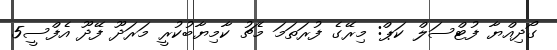
ގޯދިއްޔާ ފުޓްސަލް ކަޕް: މިރޭގެ ފުރަތަމަ މެޗު ކާމިޔާބުކުރީ މަރަދޫ ފޭދޫ އެފްސީ5